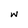
Character: w